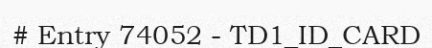
# Entry 74052 - TD1_ID_CARD